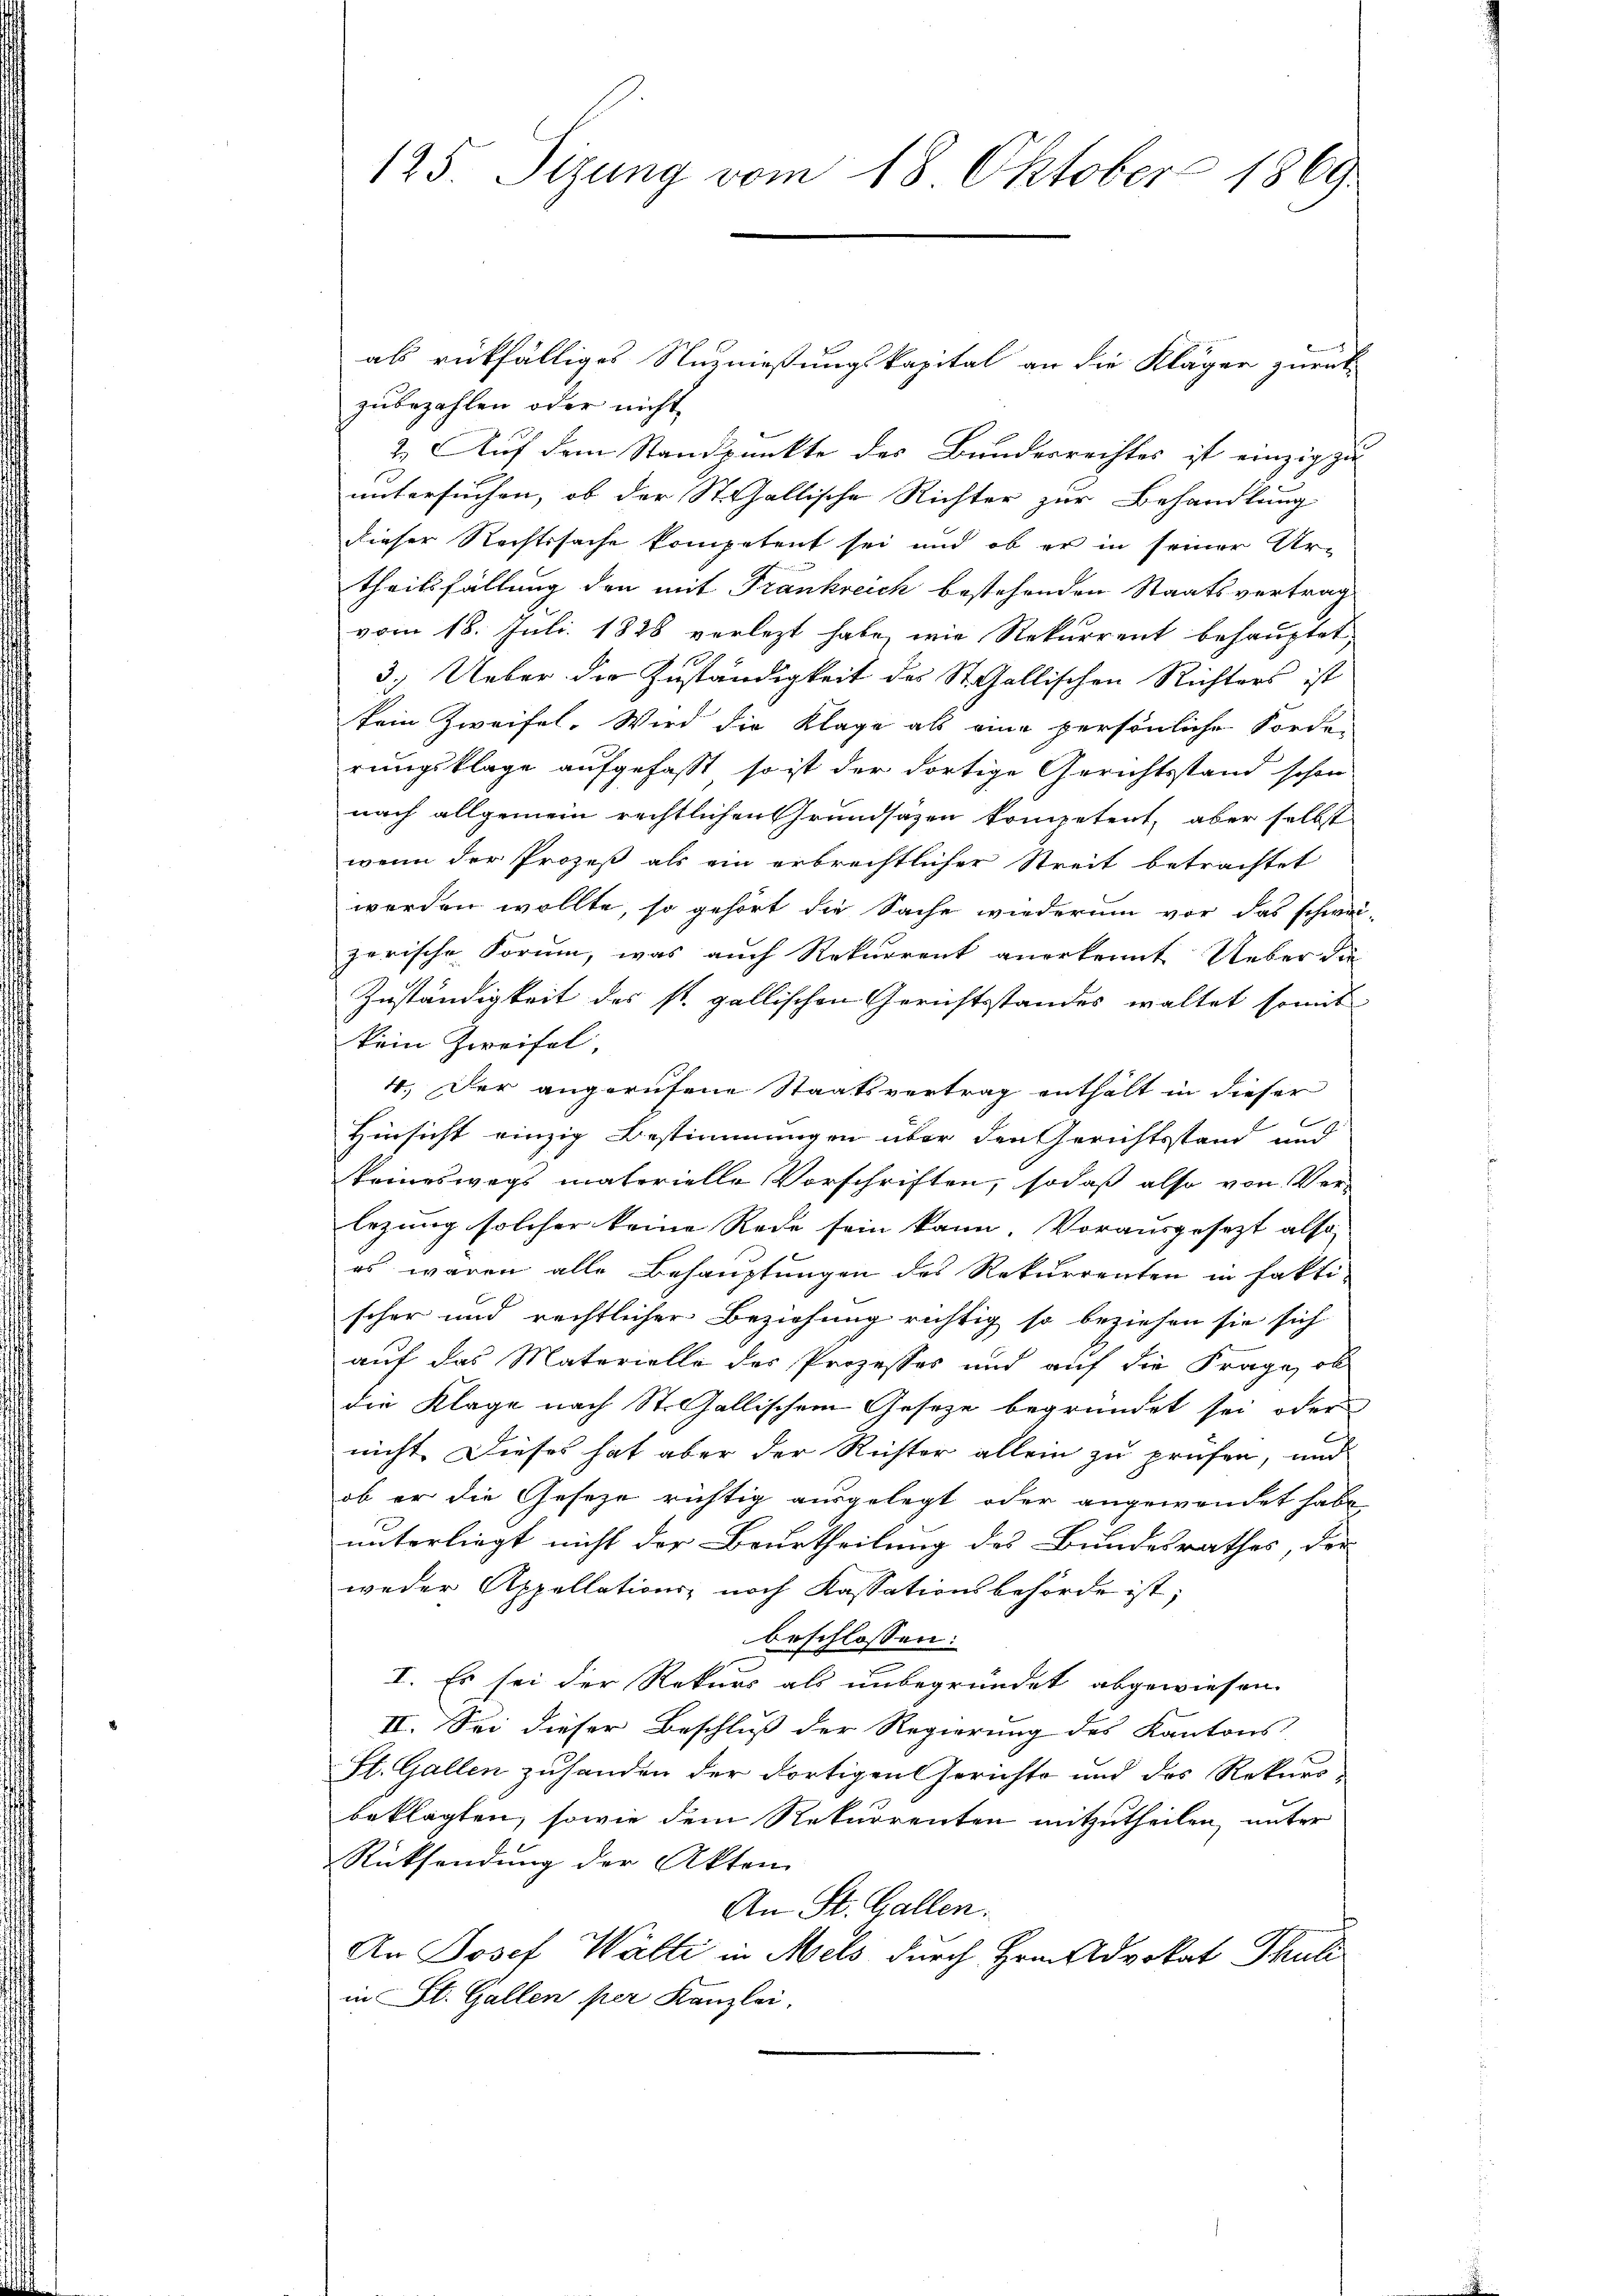
125. Sizung vom 18. Oktober 1869

als rückfälliges Nuznießungskapital an die Kläger zurück
zubezahlen oder nicht
2. Auf dem Standpunkte des Bundesrechtes ist einzig zu
untersuchen, ob der St. Gallische Richter zur Behandlung
dieser Rechtssache kompetent sei und ob er in seiner Ur-
theilsfällung den mit Frankreich bestehenden Staatsvertrag
vom 18. Juli 1828 verletzt habe, wie Rekurrent behauptet
3.) Ueber die Zuständigkeit des St. Gallischen Richters ist
kein Zweifel. Wird die Klage als eine persönliche Forde-
rungsklage aufgefasst, so ist der dortige Gerichtsstand schon
nach allgemein rechtlichen Grundsazen kompetent, aber selbst
wenn der Prozeß als ein erbrechtlicher Streit betrachtet
werden wollte, so gehört die Sache wiederum vor das schwei-
zerische Forum, was auch Rekurrent anerkennt. Ueber die
Zuständigkeit des st. gallischen Gerichtsstandes waltet somit
kein Zweifel,
4. Der angerufene Staatsvertrag enthält in dieser
b

Hinsicht einzig Bestimmungen über den Gerichtsstand und
keineswegs materielle Vorschriften, sodaß also von Vor-
lezung solcher keine Rede sein kann. Vorausgesezt also
es waren alle Behauptungen des Rekurrenten in fakti-
scher und rechtlicher Beziehung richtig so beziehen sie sich
auf das Materielle des Prozesses und auf die Frage, ob
die Klage nach St. Gallischem Geseze begründet sei oder
nicht. Dieses hat aber der Reister allein zu prüfen, und
ob er die Geseze richtig ausgelegt oder angewendet habe.
unterliegt nicht der Beurtheilung des Bundesrathes, der
weder Appellations- noch Kassationsbehörde ist;
beschlossen:
I. Es sei der Rekurs als unbegründet abgewiesen.
II. Sei dieser Beschluß der Regierung des Kantons-
St. Gallen zuhanden der dortigen Gerichte und des Rekursbeklagten, sowie dem Rekurrenten mitzutheilen, unter
Rücksendung der Akten
An St. Gallen.
An Josef Wälti in Mels durch Hrn. Advokat Thuli
in St. Gallen per Kanzlei,